Vaccination North-Western Provinces and Oudh 1896-1901 - 1896-1901
Year: 1896
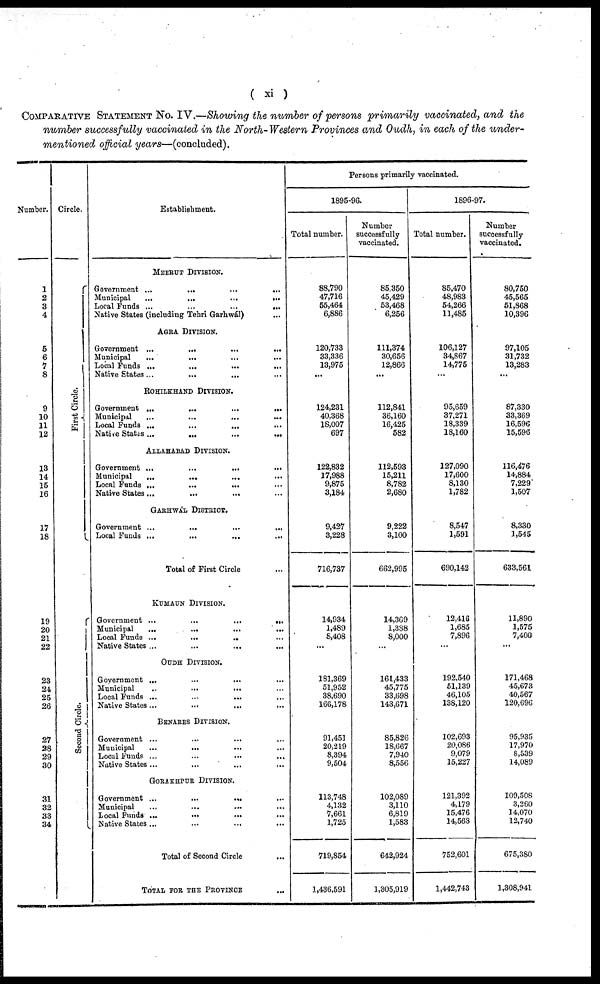
( xi )
COMPARATIVE STATEMENT No. IV.—Showing the number of persons 'primarily vaccinated, and the
number successfully vaccinated in the North- Western Provinces and Oudh, in each of the under-
mentioned official years—(concluded).
Number.
1
2
3
4
5
6
7
8
9
10
11
12
13
14
15
16
17
18
19
20
21
22
23
24
25
26
27
28
29
30
31
32
33
34
Circle.
First Circle.
Second Circle.
Establishment.
MEERUT DIVISION.
Government ... ... ... ... ... ...
Municipal
...
...
...
...
...
...
Local Funds ... ... ... ... ... ...
Native States (including Tehri Garhwál) ...
AGRA DIVISION.
Government
...
...
...
...
...
...
Municipal
...
...
...
...
...
...
Local Funds ... ... ... ... ... ...
Native States ... ... ... ... ... ...
ROHILKHAND DIVISION.
Government
...
...
...
...
...
...
Municipal
...
...
...
...
...
...
Local Funds ... ... ... ... ... ...
Native States
...
...
...
...
...
...
ALLAHABAD DIVISION.
Government
...
...
...
...
...
...
Municipal ... ... ... ... ... ...
Local Funds
...
...
...
...
...
Native States
...
...
...
...
...
GARHWAL DISTRICT.
Government
...
...
...
...
...
...
Local Funds ... ... ... ... ... ...
Total of First Circle ...
KUMAUN DIVISION.
Government
...
...
...
...
...
...
Municipal
...
...
...
...
...
...
Local Funds ... ... ... ... ...
Native States ... ... ... ... ... ... ...
OUDH DIVISION.
Government ... ... ... ... ... ...
Municipal ... ... ... ... ... ... ...
Local Funds ... ... ... ... ... ... ...
Native States ... ... ... ... ... ...
BENARES DIVISION.
Government ... ... ... ... ... ...
Municipal ... ... ... ... ... ... ...
Local Funds ... ... ... ... ... ...
Native States
...
...
...
...
...
...
GORAKHPUR DIVISION.
Government ... ... ... ... ... ...
Municipal ... ... ... ... ... ...
Local Funds ... ... ... ... ... ...
Native States ... ... ... ... ... ...
Total of Second Circle ...
TOTAL FOR THE PROVINCE ...
Persons primarily vaccinated.
1895-96.
Total number.
88,790
47,716
55,464
6,886
120,733
33,336
13,975
...
124,231
40,368
18,007
697
122,832
17,988
9,875
3,184
9,427
3,228
716,737
14,934
1,489
8,408
...
181,369
51,952
38,690
166,178
91,451
20,219
8,394
9,504
113,748
4,132
7,661
1,725
719,854
1,436,591
Number
successfully
vaccinated.
85,350
45,429
53,468
6,256
111,374
30,656
12,866
...
112,841
36,160
16,425
582
112,593
15,211
8,782
2,680
9,222
3,100
662,995
14,369
1,388
8,000
...
161,433
45,775
33,698
143,671
85,826
18,667
7,940
8,556
102,089
3,110
6,819
1,583
642,924
1,305,919
1896-97.
Total number.
85,470
48,983
54,266
11,485
106,127
34,867
14,775
...
95,659
37,271
18,339
18,160
127,090
17,600
8,130
1,782
8,547
1,591
690,142
12,416
1,685
7,896
...
192,540
51,139
46,105
138,120
102,693
20,086
9,079
15,227
121,392
4,179
15,476
14,563
752,601
1,442,743
Number
successfully
vaccinated.
80,750
45,565
51,868
10,396
97,105
31,732
13,283
...
87,330
33,369
16,596
15,596
116,476
14,884
7,229
1,507
8,330
1,545
633,561
11,890
1,575
7,400
...
171,468
45,673
40,567
120,696
95,935
17,970
8,539
14,089
109,508
3,260
14,070
12,740
675,380
1,308,941